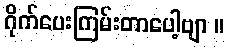
ဂိုက်ပေးကြမ်းတာပေါ့ဗျာ ။